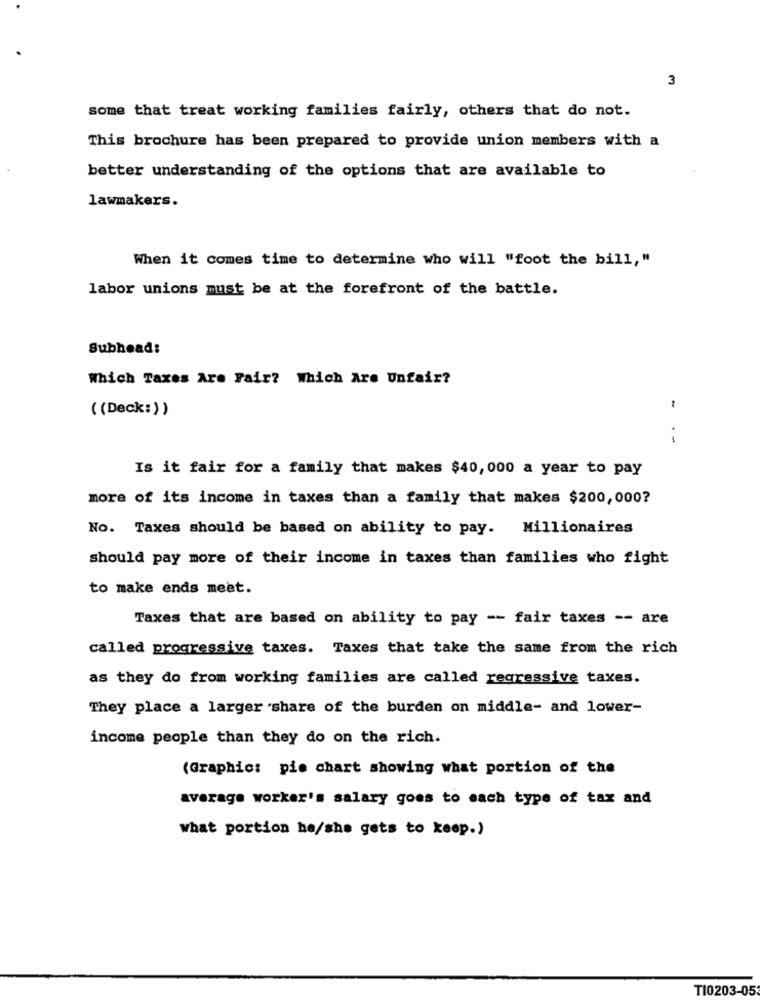
3
some that treat working families fairly, others that do not.
This brochure has been prepared to provide union members with a
better understanding of the options that are available to
lawmakers.
When it comes time to determine who will "foot the bill,"
labor unions must be at the forefront of the battle.
Subhead:
Which Taxes Are Fair? Which Are Unfair?
((Deck:))
---
Is it fair for a family that makes $40,000 a year to pay
more of its income in taxes than a family that makes $200,000?
No. Taxes should be based on ability to pay. Millionaires
should pay more of their income in taxes than families who fight
to make ends meet.
Taxes that are based on ability to pay -- fair taxes -- are
called progressive taxes. Taxes that take the same from the rich
as they do from working families are called regressive taxes.
They place a larger share of the burden on middle- and lower-
income people than they do on the rich.
(Graphic: pie chart showing what portion of the
average worker's salary goes to each type of tax and
what portion he/she gets to keep.)
TI0203-05